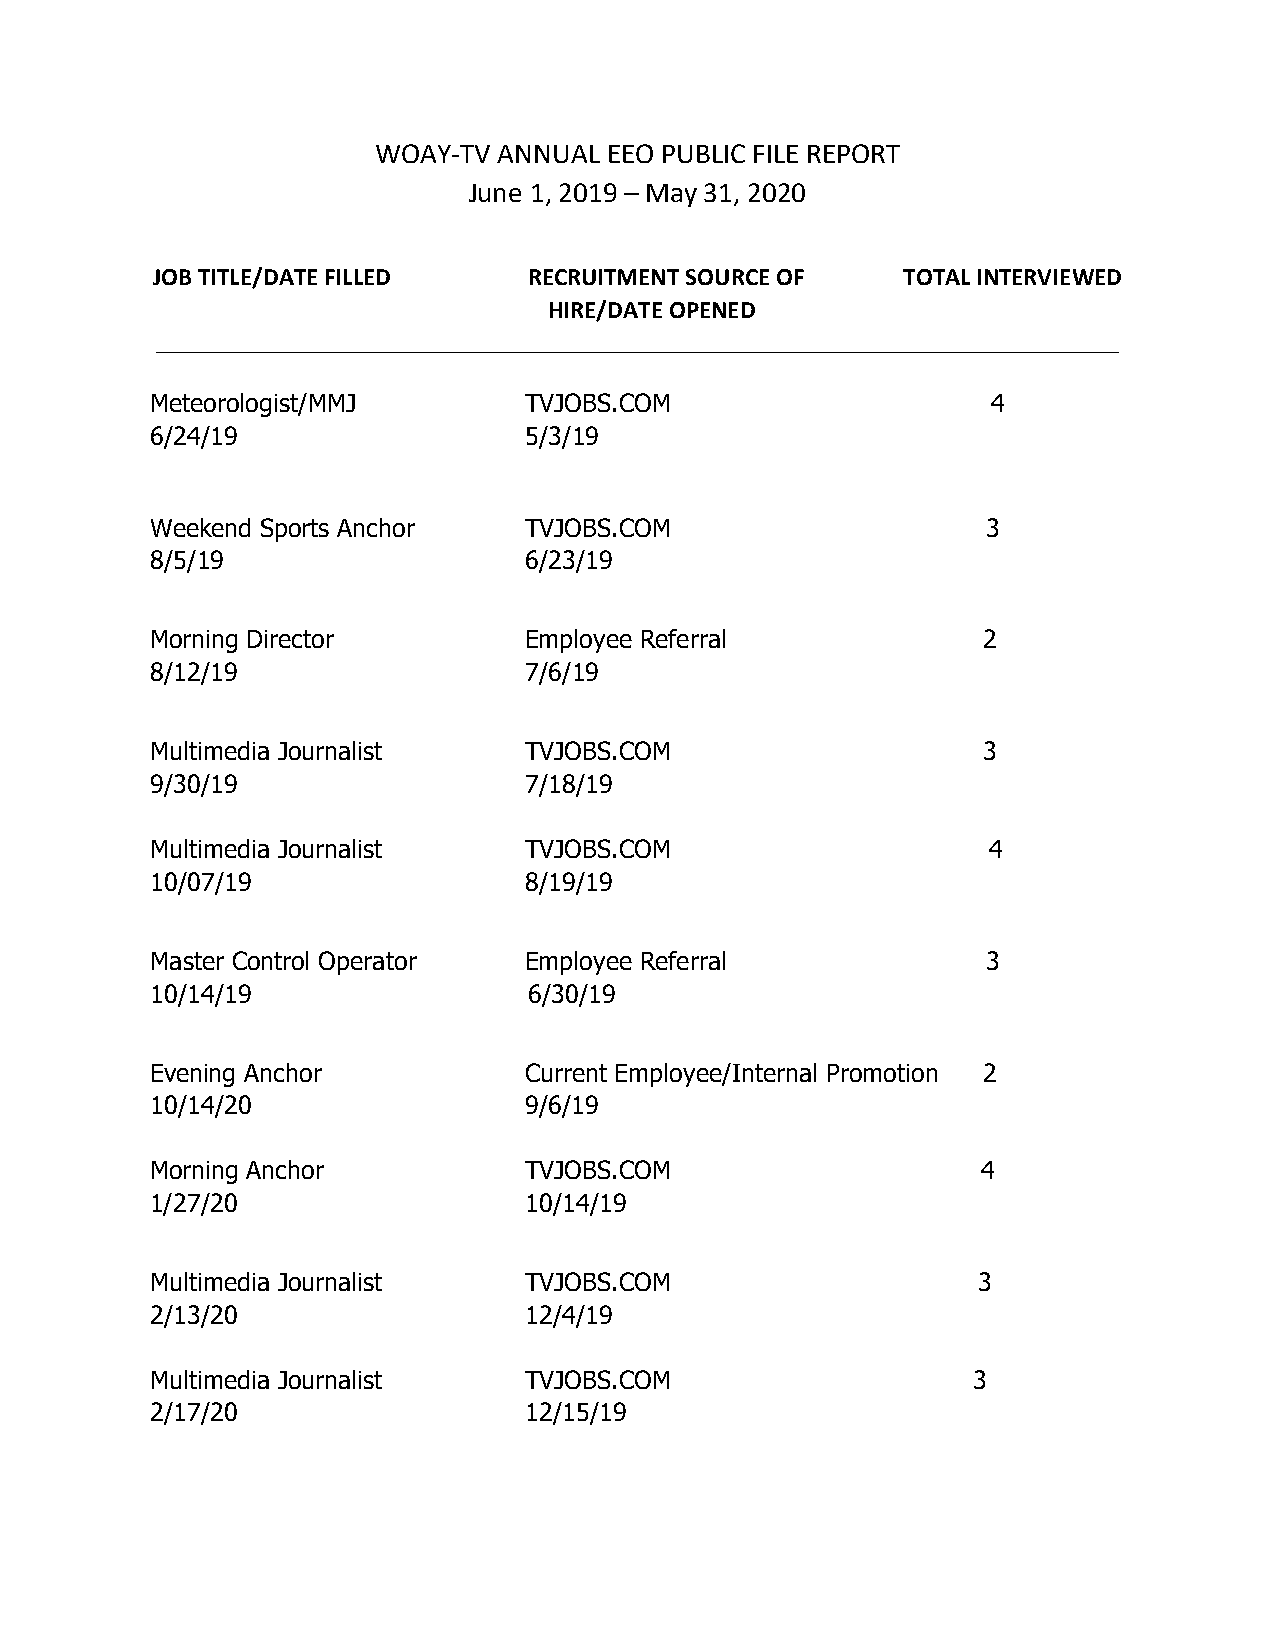
WOAY-TV ANNUAL EEO PUBLIC FILE REPORT
 June 1, 2019 – May 31, 2020
 JOB TITLE/DATE FILLED    RECRUITMENT SOURCE OF    TOTAL INTERVIEWED
 HIRE/DATE OPENED
 _____________________________________________________________________________
 Meteorologist/MMJ        TVJOBS.COM                     4
 6/24/19                  5/3/19
 Weekend Sports Anchor    TVJOBS.COM                    3
 8/5/19                   6/23/19
 Morning Director         Employee Referral             2
 8/12/19                  7/6/19
 Multimedia Journalist    TVJOBS.COM                    3
 9/30/19                  7/18/19
 Multimedia Journalist    TVJOBS.COM                    4
 10/07/19                 8/19/19
 Master Control Operator  Employee Referral             3
 10/14/19                 6/30/19
 Evening Anchor           Current Employee/Internal Promotion 2
 10/14/20                 9/6/19
 Morning Anchor           TVJOBS.COM                    4
 1/27/20                  10/14/19
 Multimedia Journalist    TVJOBS.COM                    3
 2/13/20                  12/4/19
 Multimedia Journalist    TVJOBS.COM                   3
 2/17/20                  12/15/19